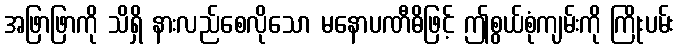
အဖြာဖြာကို သိရှိ နားလည်စေလိုသော မနောပဏီဓိဖြင့် ဤစွယ်စုံကျမ်းကို ကြိုးပမ်း